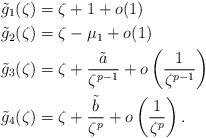
LaTeX: \begin{align*}{\tilde{g}}_{1}(\zeta )&=\zeta +1+o(1)\\{\tilde{g}}_{2}(\zeta )&=\zeta -\mu _{1}+o(1)\\{\tilde{g}}_{3}(\zeta )&=\zeta +\frac{{\tilde{a}}}{\zeta ^{p-1}}+o\left(\frac{1}{\zeta ^{p-1}}\right)\\{\tilde{g}}_{4}(\zeta )&=\zeta +\frac{{\tilde{b}}}{\zeta ^p}+o\left(\frac{1}{\zeta ^p}\right).\end{align*}